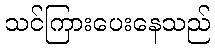
သင်ကြားပေးနေသည်